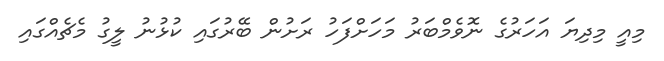
މިއީ މިދިޔަ އަހަރުގެ ނޮވެމްބަރު މަހަށްފަހު ރަށުން ބޭރުގައި ކުޅުނު ލީގު މެޗެއްގައި